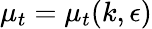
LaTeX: \mu_{t}=\mu_{t}(k,\epsilon)